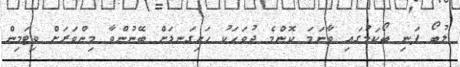
ލުބޯ ފަނި ބޯކަމުގައި ވާނަމަ ކޮންމެ ދުވަހަކު ހަށިގަނޑަށް ބޭނުންވާ މިންވަރަށް ވިޓަމިން